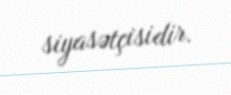
siyasətçisidir.